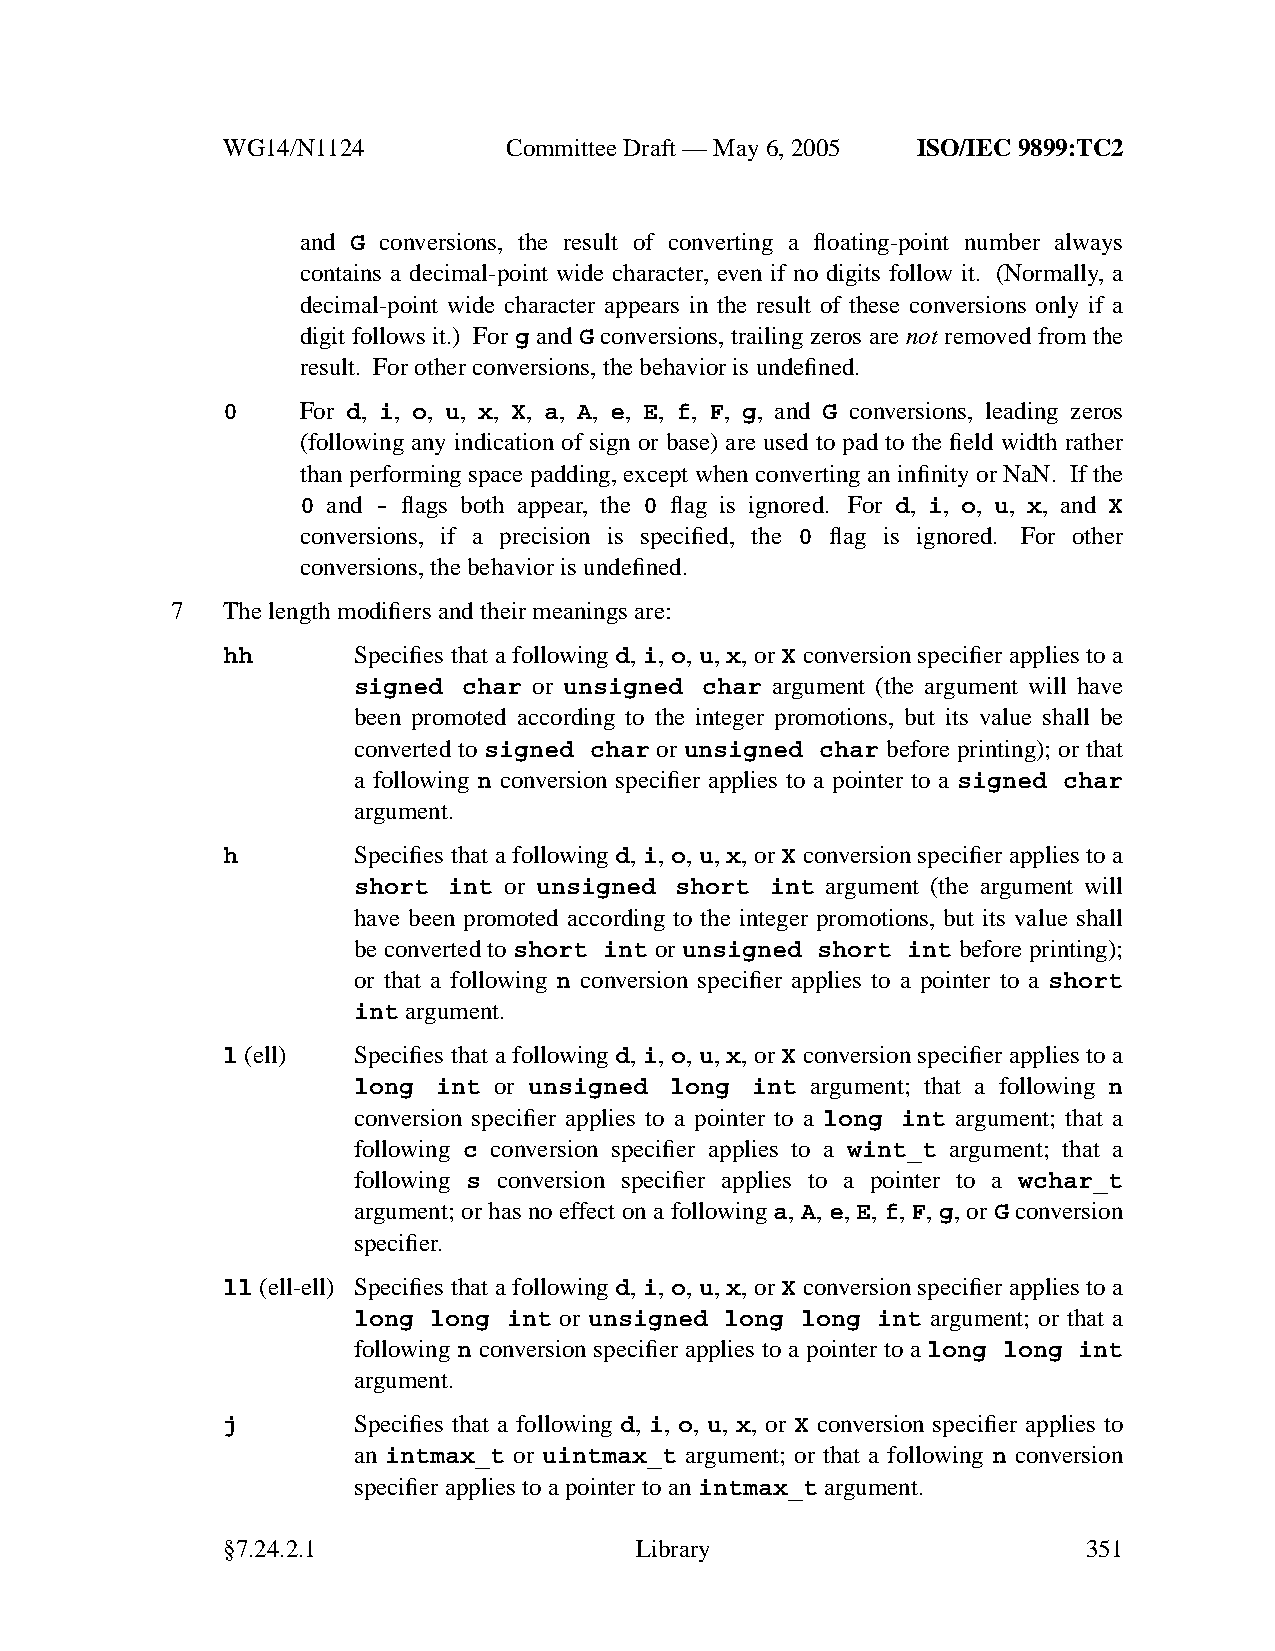
WG14/N1124        CommitteeDraft — May 6, 2005 ISO/IEC 9899:TC2
 and G conversions, the result of converting a floating-point number always
 contains a decimal-point wide character, even if no digits follow it. (Normally, a
 decimal-point wide character appears in the result of these conversions only if a
 digit follows it.) For g and G conversions, trailing zeros are not removed from the
 result. For other conversions, the behavior is undefined.
 0    For d, i, o, u, x, X, a, A, e, E, f, F, g, and G conversions, leading zeros
 (following any indication of sign or base) are used to pad to the field width rather
 than performing space padding, except when converting an infinity or NaN. If the
 0 and - flags both appear, the 0 flag is ignored. For d, i, o, u, x, and X
 conversions, if a precision is specified, the 0 flag is ignored. For other
 conversions, the behavior is undefined.
 7   The length modifiers and their meanings are:
 hh      Specifies that a following d, i, o, u, x, or X conversion specifier applies to a
 signed  char or unsigned char argument (the argument will have
 been promoted according to the integer promotions, but its value shall be
 converted to signed char or unsigned char before printing); or that
 a following n conversion specifier applies to a pointer to a signed char
 argument.
 h       Specifies that a following d, i, o, u, x, or X conversion specifier applies to a
 short  int or unsigned short int argument (the argument will
 have been promoted according to the integer promotions, but its value shall
 be converted to short int or unsigned short int before printing);
 or that a following n conversion specifier applies to a pointer to a short
 int argument.
 l (ell) Specifies that a following d, i, o, u, x, or X conversion specifier applies to a
 long  int or unsigned long int argument; that a following n
 conversion specifier applies to a pointer to a long int argument; that a
 following c conversion specifier applies to a wint_t argument; that a
 following s conversion specifier applies to a pointer to a wchar_t
 argument; or has no effect on a following a, A, e, E, f, F, g, or G conversion
 specifier.
 ll (ell-ell) Specifies that a following d, i, o, u, x, or X conversion specifier applies to a
 long long  int or unsigned long long int argument; or that a
 following n conversion specifier applies to a pointer to a long long int
 argument.
 j       Specifies that a following d, i, o, u, x, or X conversion specifier applies to
 an intmax_t or uintmax_t argument; or that a following n conversion
 specifier applies to a pointer to anintmax_t argument.
 §7.24.2.1                  Library                       351